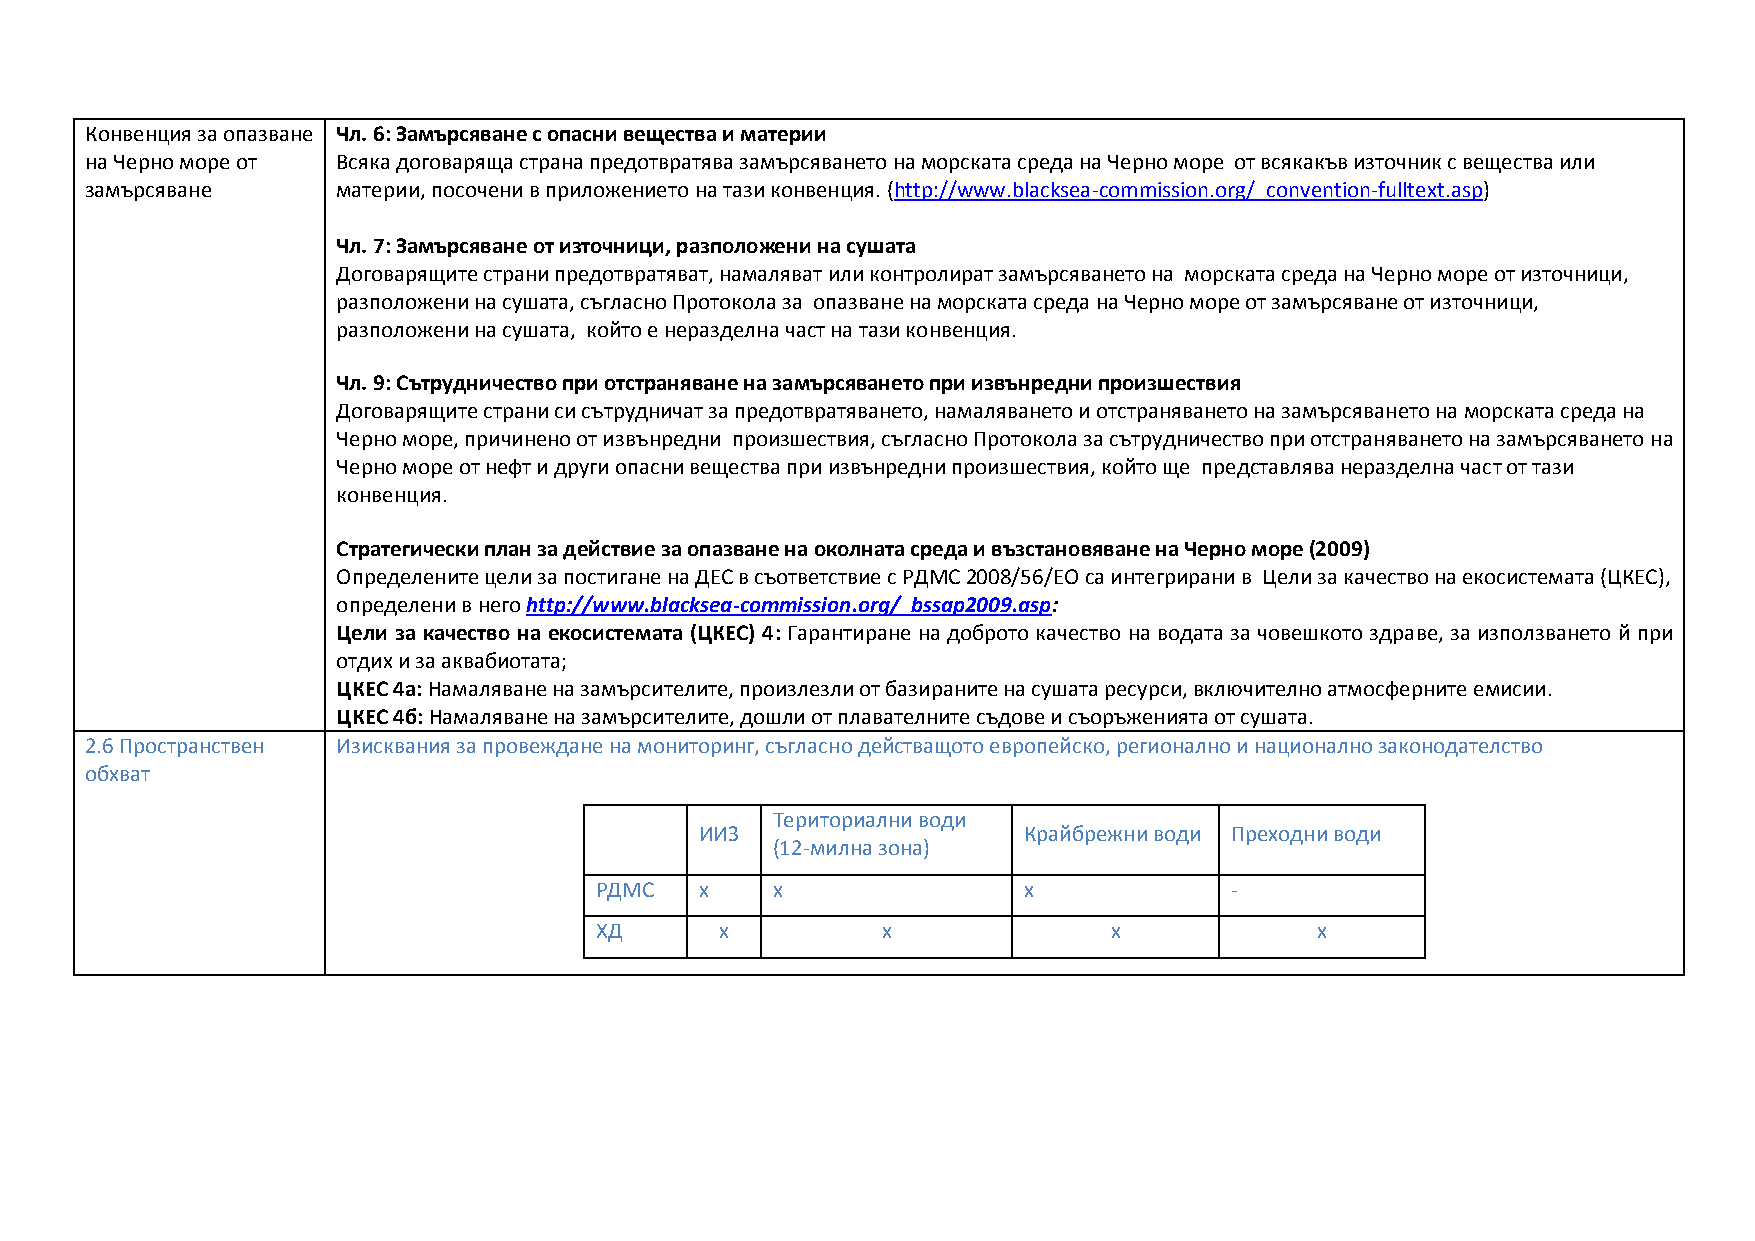
Конвенция за опазване Чл. 6: Замърсяване с опасни вещества и материи
 на Черно море от Всяка договаряща страна предотвратява замърсяването на морската среда на Черно море от всякакъв източник с вещества или
 замърсяване     материи, посочени в приложението на тази конвенция. (http://www.blacksea-commission.org/_convention-fulltext.asp)
 Чл. 7: Замърсяване от източници, разположени на сушата
 Договарящите страни предотвратяват, намаляват или контролират замърсяването на морската среда на Черно море от източници,
 разположени на сушата, съгласно Протокола за опазване на морската среда на Черно море от замърсяване от източници,
 разположени на сушата, който е неразделна част на тази конвенция.
 Чл. 9: Сътрудничество при отстраняване на замърсяването при извънредни произшествия
 Договарящите страни си сътрудничат за предотвратяването, намаляването и отстраняването на замърсяването на морската среда на
 Черно море, причинено от извънредни произшествия, съгласно Протокола за сътрудничество при отстраняването на замърсяването на
 Черно море от нефт и други опасни вещества при извънредни произшествия, който ще представлява неразделна част от тази
 конвенция.
 Стратегически план за действие за опазване на околната среда и възстановяване на Черно море (2009)
 Определените цели за постигане на ДЕС в съответствие с РДМС 2008/56/ЕО са интегрирани в Цели за качество на екосистемата (ЦКЕС),
 определени в него http://www.blacksea-commission.org/_bssap2009.asp:
 Цели за качество на екосистемата (ЦКЕС) 4: Гарантиране на доброто качество на водата за човешкото здраве, за използването й при
 отдих и за аквабиотата;
 ЦКЕС 4а: Намаляване на замърсителите, произлезли от базираните на сушата ресурси, включително атмосферните емисии.
 ЦКЕС 4б: Намаляване на замърсителите, дошли от плавателните съдове и съоръженията от сушата.
 2.6 Пространствен Изисквания за провеждане на мониторинг, съгласно действащото европейско, регионално и национално законодателство
 обхват
 Териториални води
 ИИЗ                   Крайбрежни води Преходни води
 (12-милна зона)
 РДМС   x    x                x            -
 ХД       x         x              x             x